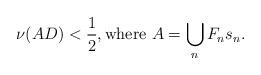
LaTeX: \begin{align*}\nu(AD) < \frac{1}{2}, \textrm{where $A = \bigcup_{n} F_n s_n$}.\end{align*}